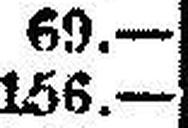
156.—